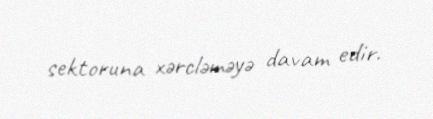
sektoruna xərcləməyə davam edir.